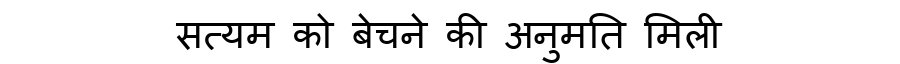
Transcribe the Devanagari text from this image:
सत्यम को बेचने की अनुमति मिली